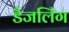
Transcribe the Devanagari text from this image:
डैजलिंग